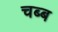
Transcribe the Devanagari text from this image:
चब्ब